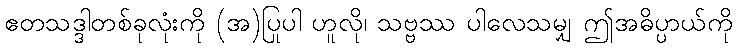
ဧတသဒ္ဒါတစ်ခုလုံးကို (အ)ပြုပါ ဟူလို၊ သဗ္ဗဿ ပါလေသမျှ ဤအဓိပ္ပာယ်ကို